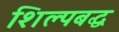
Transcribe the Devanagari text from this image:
शिल्पबद्ध